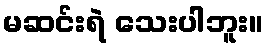
မဆင်းရဲ သေးပါဘူး။